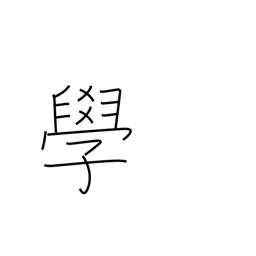
Meaning: knowledge